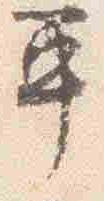
平